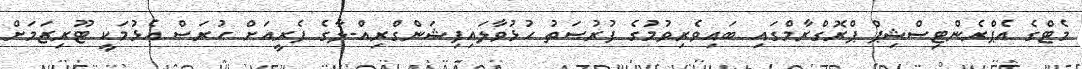
މެޓްގެ އެޕްރެންޓިސްޝިޕް ޕްރޮގްރާމްގައި ބައިވެރިވުމުގެ ފުރުސަތު ހުޅުވާލައިފިޝަންގްރިއް-ލާގެ ފެރީއަށް ހުރަސް އެޅުމަކީ ޓޫރިޒަމަށް